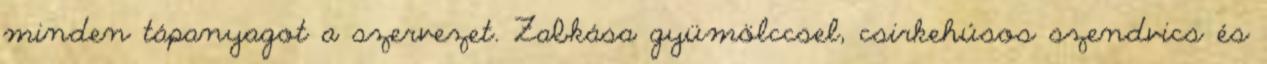
minden tápanyagot a szervezet. Zabkása gyümölccsel, csirkehúsos szendvics és